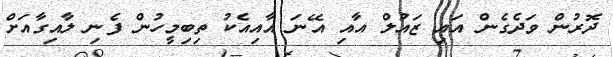
ދޮރުން ވަދެގެން އައި ޒައުލް އާއި އޭނަ އާއިއެކު ތިބިމީހުން ފެނި ލާއިގާއަށް